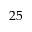
2 5